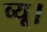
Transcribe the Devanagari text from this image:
व्यू।